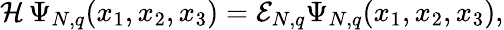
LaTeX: {\cal H}\, \Psi_{N,q}(x_{1},x_{2},x_{3})={\cal E}_{N,q}\Psi_{N,q}(x_{1},x_{2},x_{3}),